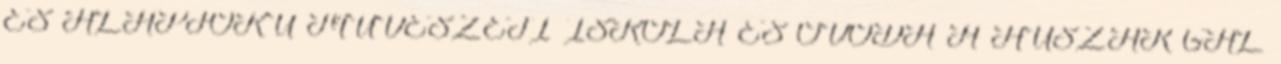
ÉS ALAPFOKÚ MŰVÉSZETI ISKOLA ÉS ÓVODA A HUSZÁR GÁL